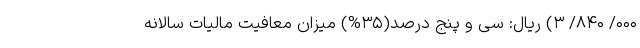
۰۰۰/ ۸۴۰/ ۳) ریال: سی و پنج درصد(۳۵%) میزان معافیت مالیات سالانه